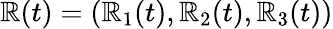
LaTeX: \mathbb{R}(t)=({\mathbf{\mathbb{R}}}_{1}(t),{\mathbf{\mathbb{R}}}_{2}(t),{\mathbf{\mathbb{R}}}_{3}(t))